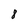
Character: 8